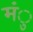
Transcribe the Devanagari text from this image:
मंु